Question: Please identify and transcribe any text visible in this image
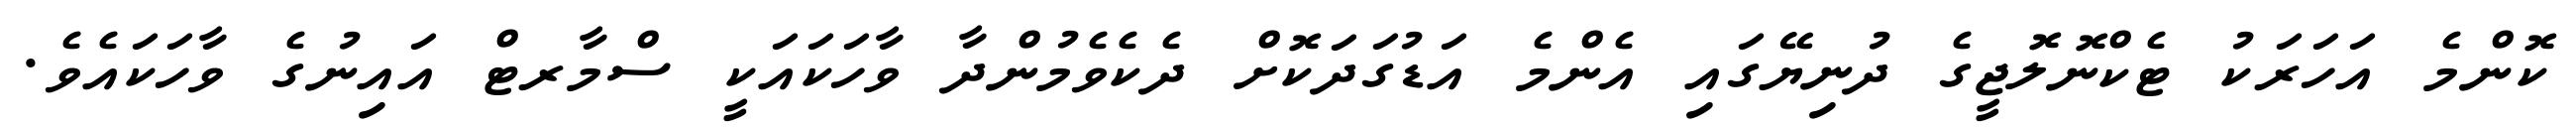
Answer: ކޮންމެ އަހަރަކު ޓެކްނޮލޮޖީގެ ދުނިޔޭގައި އެންމެ އަޑުގަދަކޮށް ދެކެވެމުންދާ ވާހަކައަކީ ސްމާރޓް އައިނުގެ ވާހަކައެވެ.